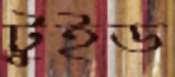
টুইড